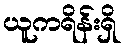
ယူကရိန်းရှိ